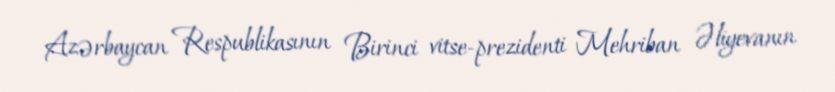
Azərbaycan Respublikasının Birinci vitse-prezidenti Mehriban Əliyevanın